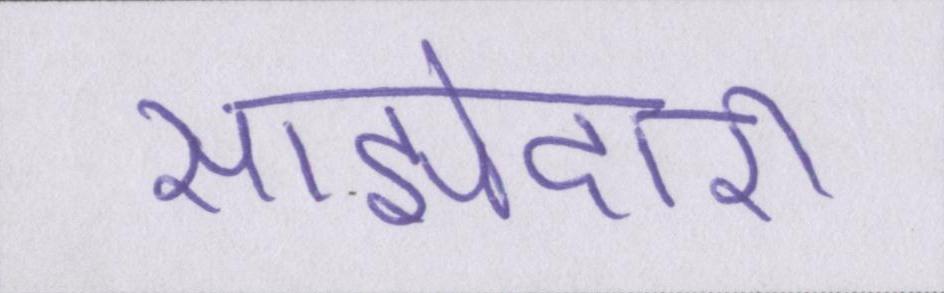
साझेदारी